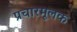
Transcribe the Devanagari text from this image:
प्रचारमूलक